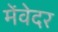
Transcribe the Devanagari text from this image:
मेंवेदर